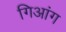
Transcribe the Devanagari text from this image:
गिआंग